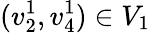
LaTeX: (v_{2}^{1},v_{4}^{1})\in V_{1}